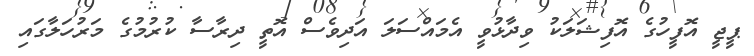
ޕީޖީ އޮފީހުގެ އޮފިޝަލަކު ވިދާޅުވީ އެމައްސަލަ އަދިވެސް އޮތީ ދިރާސާ ކުރުމުގެ މަރުހަލާގައި